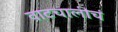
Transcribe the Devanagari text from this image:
वाटचालीचं